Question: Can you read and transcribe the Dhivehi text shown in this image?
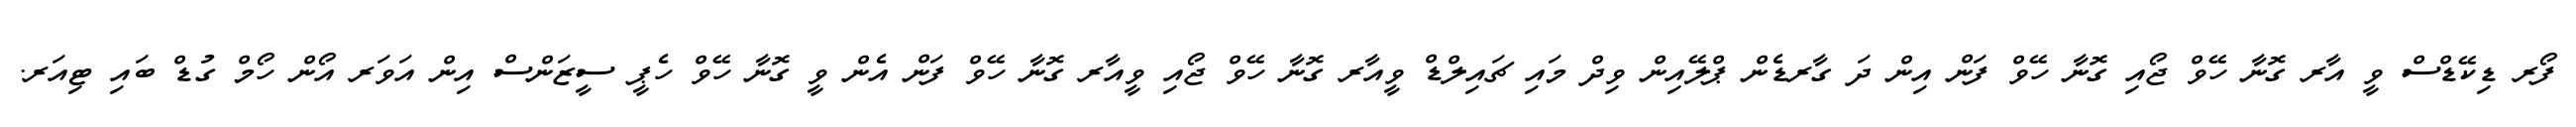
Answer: ފޯރ ޑިކޭޑްސް ވީ އާރ ގޮނާ ހޭވް ޖޯއި ގޮނާ ހޭވް ފަން އިން ދަ ގާރޑެން ޕްލޭއިން ވިދް މައި ޗައިލްޑް ވީއާރ ގޮނާ ހޭވް ޖޯއި ވީއާރ ގޮނާ ހޭވް ފަން އެން ވީ ގޮނާ ހޭވް ހެޕީ ސީޒަންސް އިން އަވަރ އޯން ހޯމް ގުޑް ބައި ޓިއަރ.